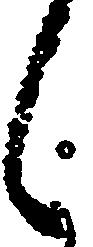
候